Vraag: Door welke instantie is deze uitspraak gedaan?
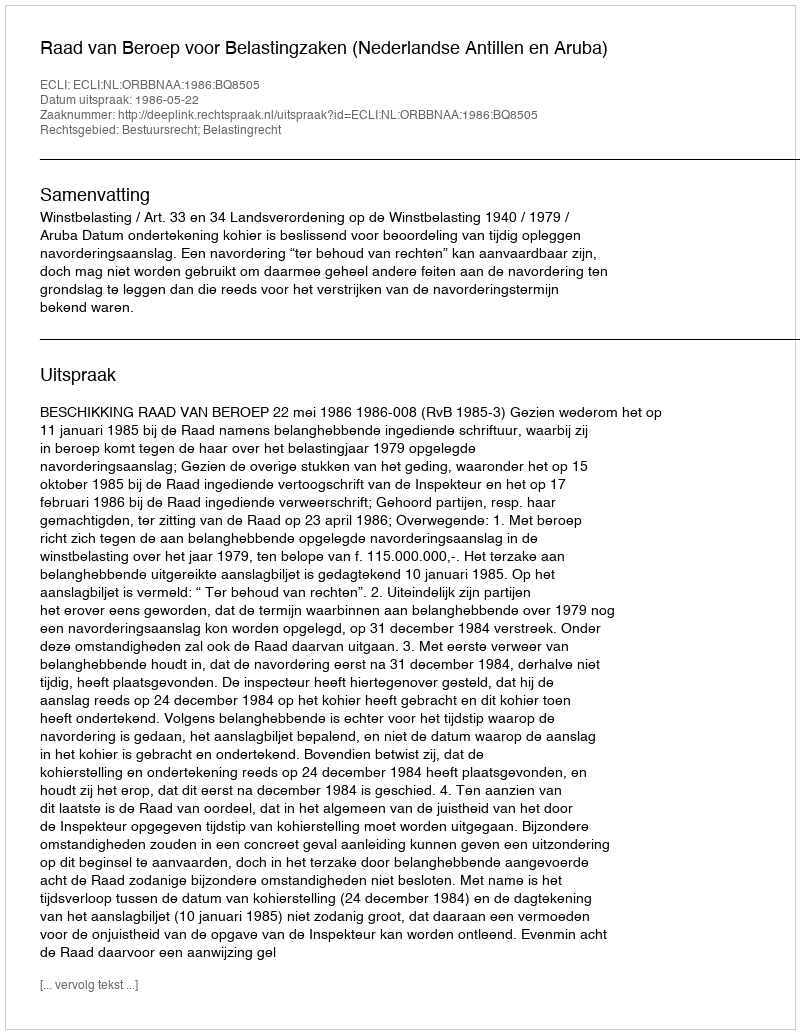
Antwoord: Raad van Beroep voor Belastingzaken (Nederlandse Antillen en Aruba)